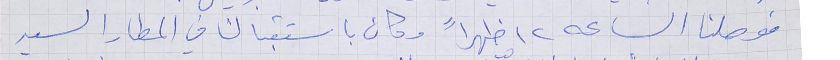
فوصلنا الساعه ١٢ ظهراً وكان باستقبالنا في المطار السيد